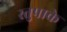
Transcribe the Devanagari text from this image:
स्तुपाके